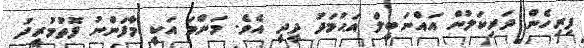
ފިރިހެން ދަރިކަލުން އައްނަބީލް އަޙުމަދު ދީދީ އެވެ. މަންމަ އަކީ މާފަންނު ފޮތުމުރީދު